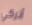
أتركي